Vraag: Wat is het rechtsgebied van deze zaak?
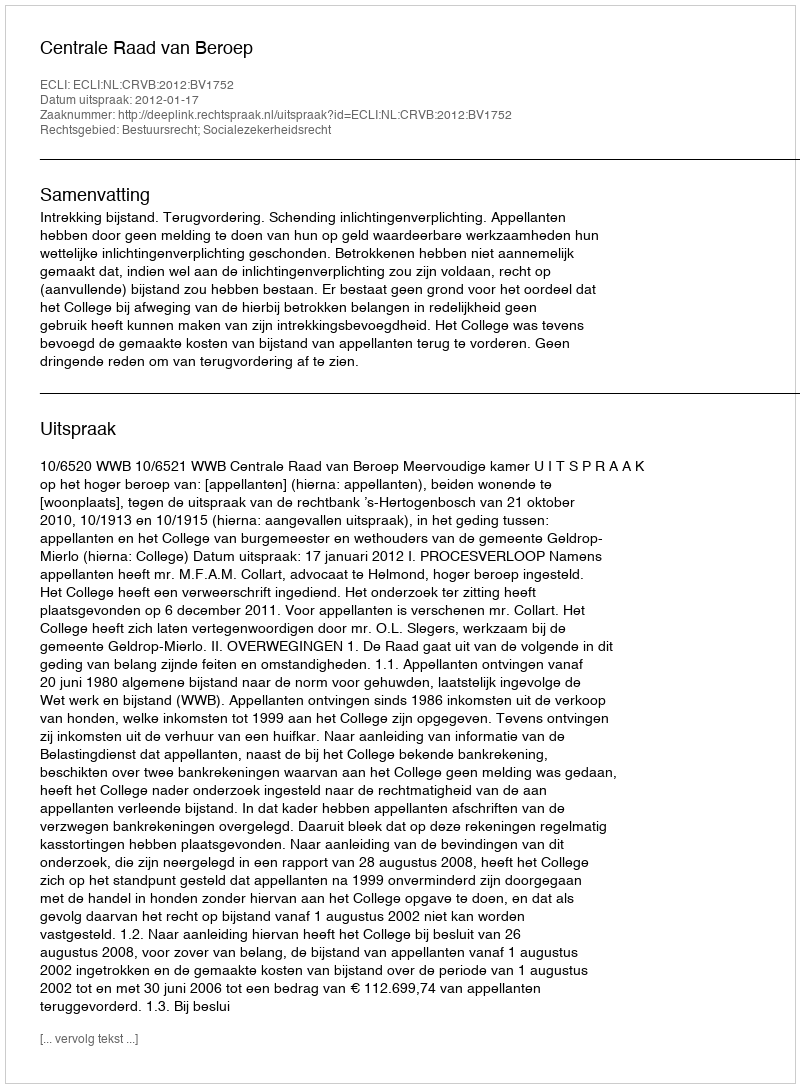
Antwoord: Bestuursrecht; Socialezekerheidsrecht